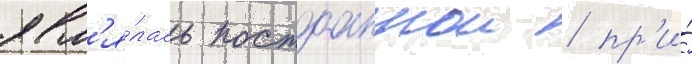
явл'я́лась постоаннои / пр'и́